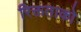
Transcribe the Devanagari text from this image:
रिक्तताको